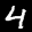
Label: 4